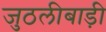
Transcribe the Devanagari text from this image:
जुठलीबाड़ी